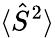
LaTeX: \langle\hat{S}^{2}\rangle